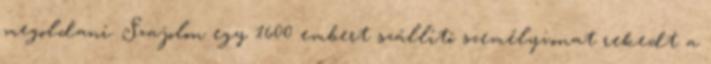
megoldani. Szajolon egy 1600 embert szállító személyvonat rekedt a